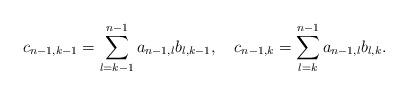
LaTeX: \begin{align*}c_{n-1,k-1} = \sum_{l=k-1}^{n-1} a_{n-1,l} b_{l,k-1}, ~~~c_{n-1,k} = \sum_{l=k}^{n-1} a_{n-1,l} b_{l,k}. \end{align*}